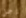
رجل